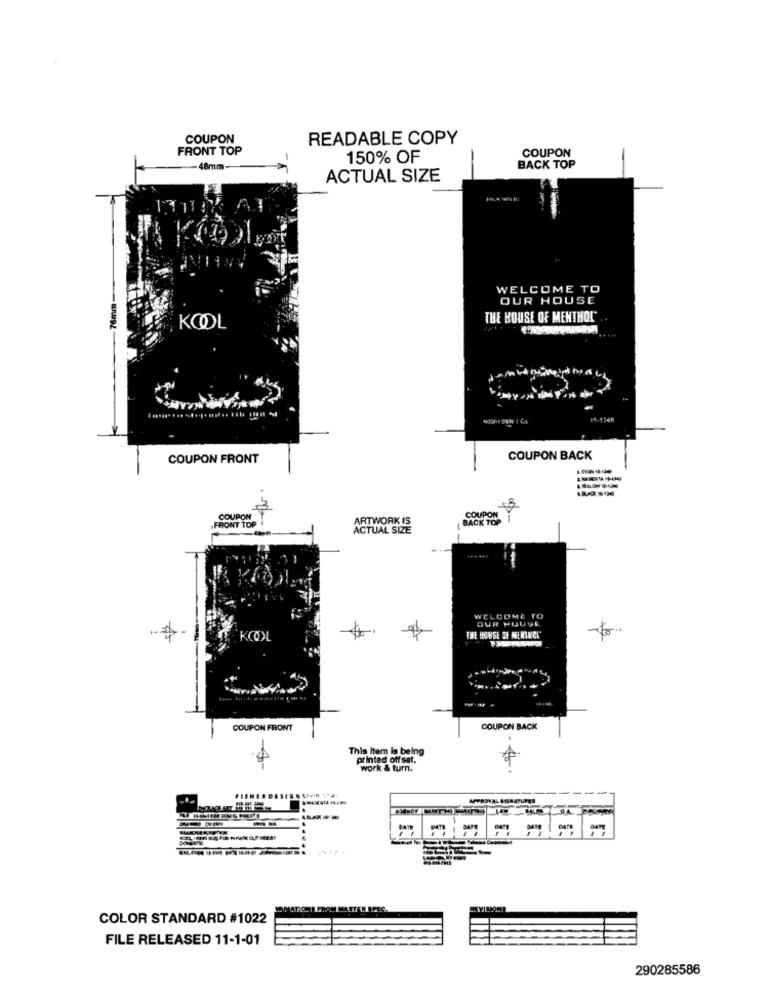
COUPON
READABLE COPY
FRONT TOP
COUPON
150% OF
-48mm
BACK TOP
ACTUAL SIZE
WELCOME TO
76mm
OUR HOUSE
THE HOUSE OF MENTHOL
KOOL
..........
W I CJ
COUPON FRONT
COUPON BACK
FRONT TOP
COUPON
ARTWORK IS
BACK TOP
COUPON
ACTUAL SIZE
WELCOME TO
DUR HOUSE
THE HOUSE OF NEMSECL
COUPON FRONT
COUPON BACK
This item is being
printed off set.
work & turn.
DATE
DATE
MATICET FROM MASTER
COLOR STANDARD #1022
FILE RELEASED 11-1-01
290285586